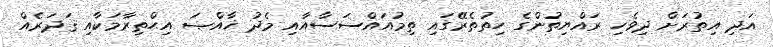
އަދި އިތުރަށް ދިވެހި ރައްޔިތުންގެ ހިތުތެރޭގައި ތިމުއައްސަސާއާއި މެދު ޚާއްޞަ އިޙްތިރާމަކާއި ޤަދަރެއް